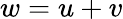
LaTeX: w=u+v